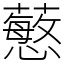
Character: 𧁋